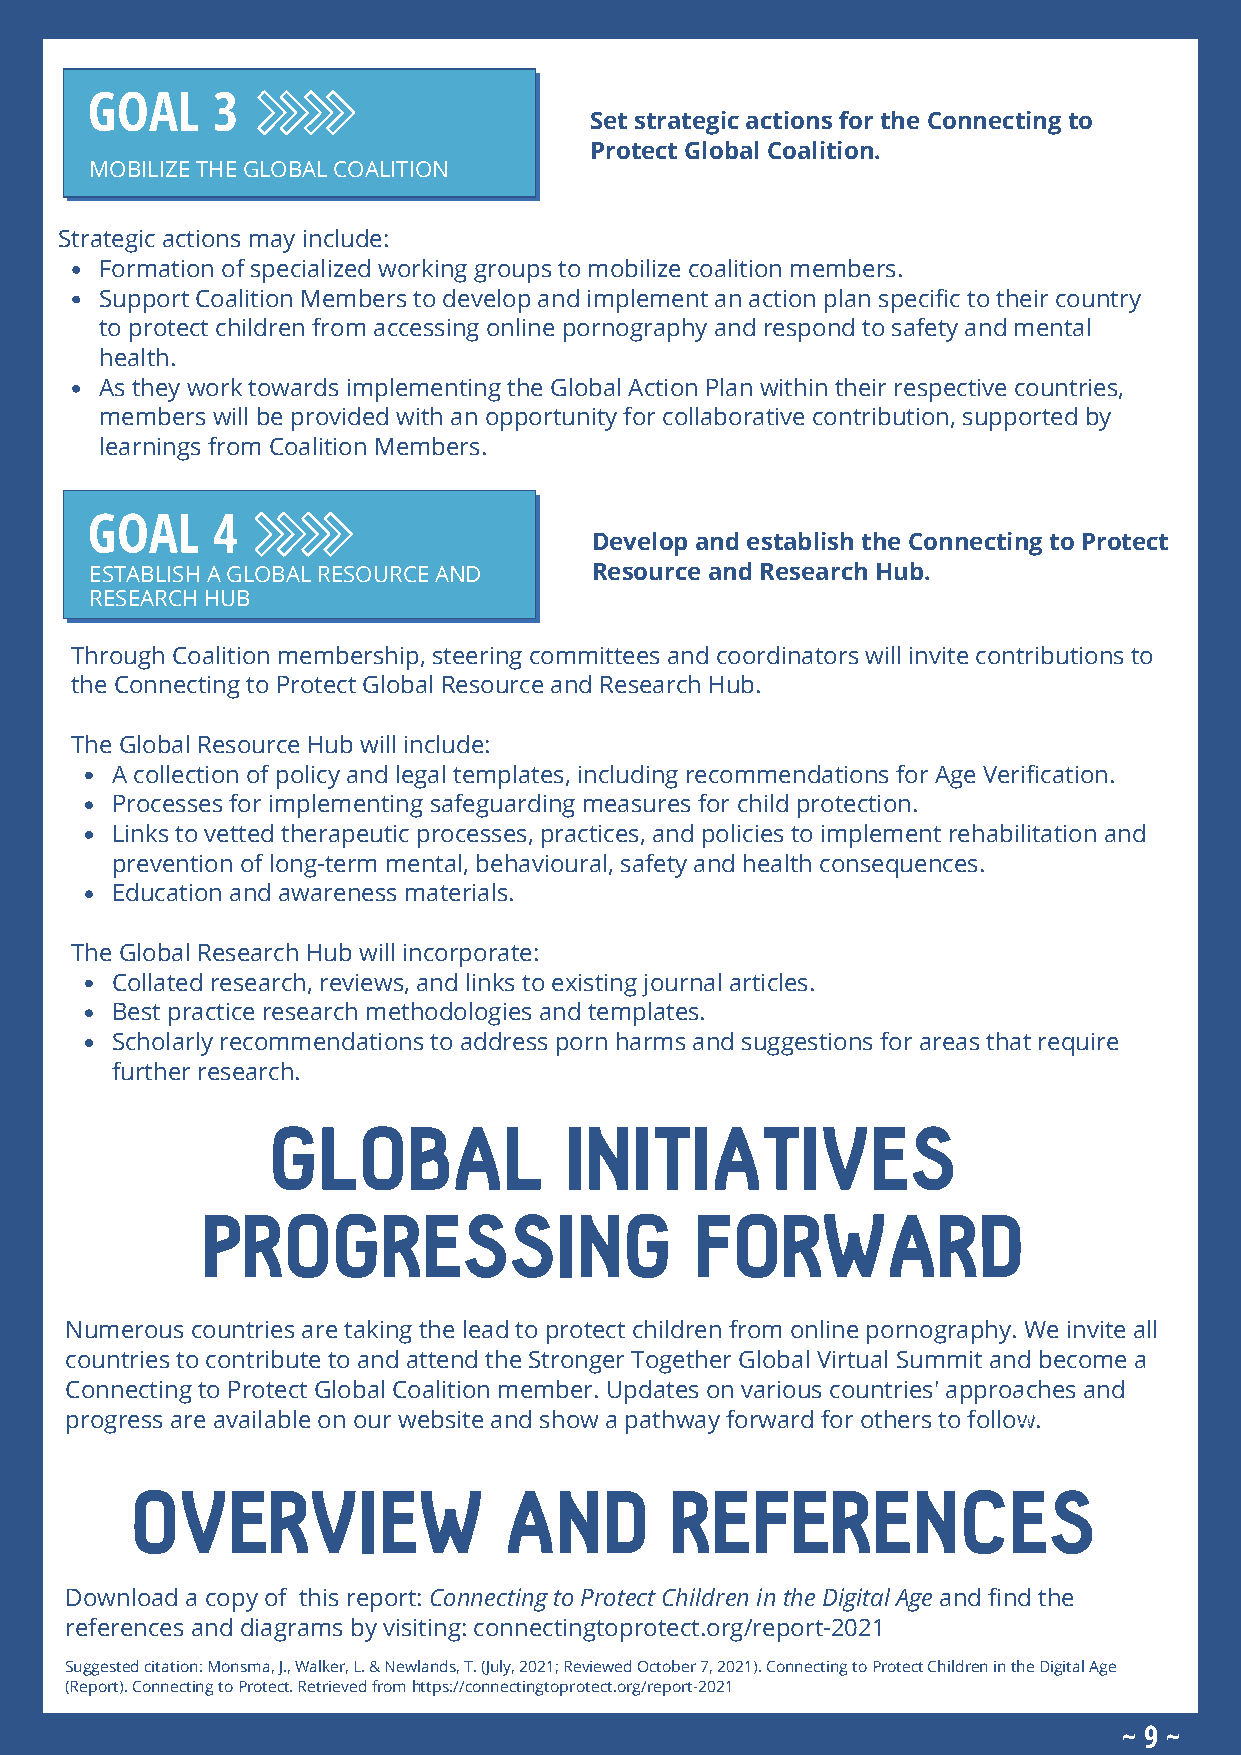
GOAL    3
 Set strategic actions for the Connecting to
 Protect Global Coalition.
 MOBILIZE THE GLOBAL COALITION
 Strategic actions may include:
 Formation of specialized working groups to mobilize coalition members.
 Support Coalition Members to develop and implement an action plan specific to their country
 to protect children from accessing online pornography and respond to safety and mental
 health.
 As they work towards implementing the Global Action Plan within their respective countries,
 members will be provided with an opportunity for collaborative contribution, supported by
 learnings from Coalition Members.
 GOAL    4
 Develop and establish the Connecting to Protect
 ESTABLISH A GLOBAL RESOURCE AND  Resource and Research Hub.
 RESEARCH HUB
 Through Coalition membership, steering committees and coordinators will invite contributions to
 the Connecting to Protect Global Resource and Research Hub.
 The Global Resource Hub will include:
 A collection of policy and legal templates, including recommendations for Age Verification.
 Processes for implementing safeguarding measures for child protection.
 Links to vetted therapeutic processes, practices, and policies to implement rehabilitation and
 prevention of long-term mental, behavioural, safety and health consequences.
 Education and awareness materials.
 The Global Research Hub will incorporate:
 Collated research, reviews, and links to existing journal articles.
 Best practice research methodologies and templates.
 Scholarly recommendations to address porn harms and suggestions for areas that require
 further research.
 GLOBAL             INITIATIVES
 PROGRESSING                      FORWARD
 Numerous countries are taking the lead to protect children from online pornography. We invite all
 countries to contribute to and attend the Stronger Together Global Virtual Summit and become a
 Connecting to Protect Global Coalition member. Updates on various countries' approaches and
 June
 progress are available on our website and show a pathway forward for others to follow202.1
 OVERVIEW                AND        REFERENCES
 Download a copy of this report: Connecting to Protect Children in the Digital Age and find the
 references and diagrams by visiting: connectingtoprotect.org/report-2021
 Suggested citation: Monsma, J., Walker, L. & Newlands, T. (July, 2021; Reviewed October 7, 2021). Connecting to Protect Children in the Digital Age
 (Report). Connecting to Protect. Retrieved from https://connectingtoprotect.org/report-2021
 ~ 9 ~